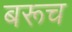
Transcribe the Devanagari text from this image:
बरूच